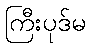
ကြီးပုဒ်မ